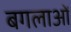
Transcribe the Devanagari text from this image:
बगलाओं